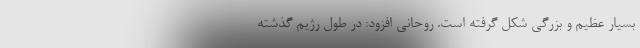
بسیار عظیم و بزرگی شکل گرفته است. روحانی افزود: در طول رژیم گذشته